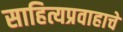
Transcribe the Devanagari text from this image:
साहित्यप्रवाहाचे